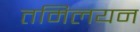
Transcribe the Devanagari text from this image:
तमिलयन